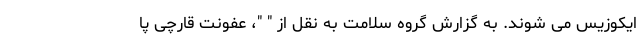
ایکوزیس می شوند. به گزارش گروه سلامت به نقل از " "، عفونت قارچی پا